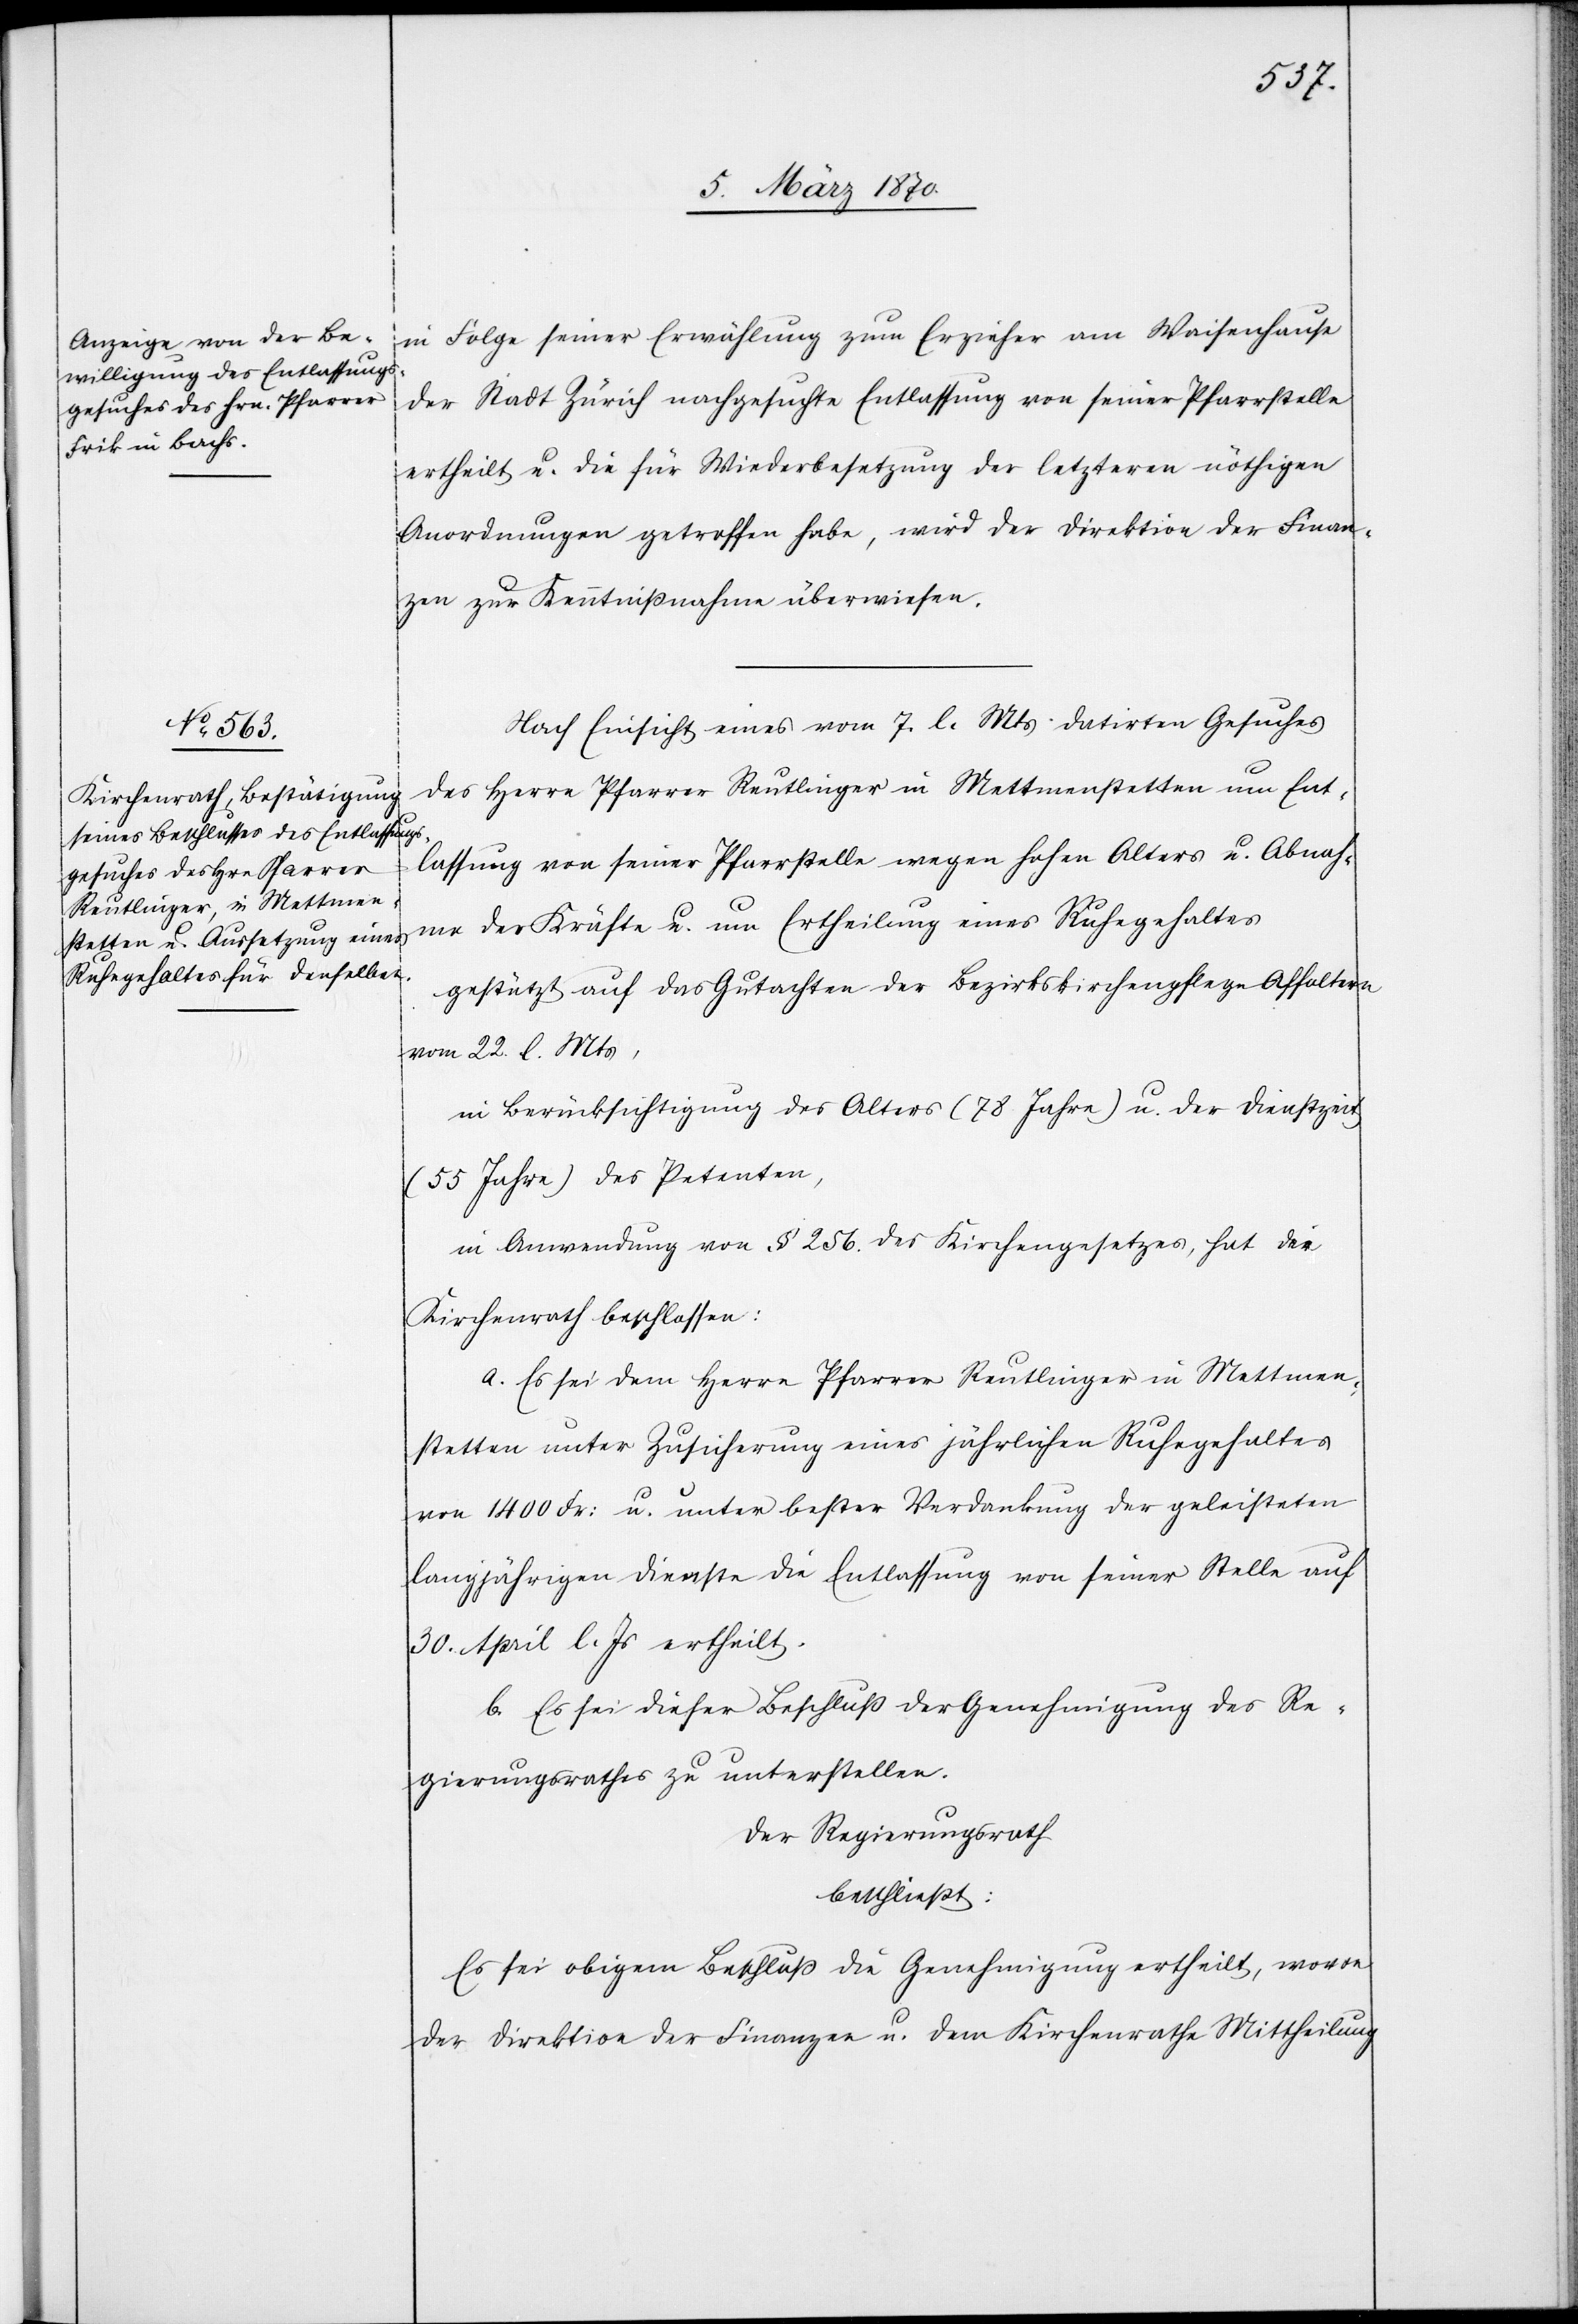
in Folge seiner Erwählung zum Erzieher am Waisenhause
der Stadt Zürich nachgesuchte Entlassung von seiner Pfarrstelle
ertheilt u. die für Wiederbesetzung der letzteren nöthigen
Anordnungen getroffen habe, wird der Direktion der Finan¬
zen zur Kenntnißnahme überwiesen.
Nach Einsicht eines vom 7. l. Mts datirten Gesuches
des Herrn Pfarrer Reutlinger in Mettmenstetten um Ent¬
lassung von seiner Pfarrstelle wegen hohen Alters u. Abnah¬
me der Kräfte u. um Ertheilung eines Ruhegehaltes
gestützt auf das Gutachten der Bezirkskirchenpflege Affoltern
vom 22. l. Mts,
in Berücksichtigung des Alters (78 Jahre) u. der Dienstzeit
(55 Jahre) des Petenten,
in Anwendung von § 256. des Kirchengesetzes, hat der
Kirchenrath beschlossen:
a. Es sei dem Herrn Pfarrer Reutlinger in Mettmen¬
stetten unter Zusicherung eines jährlichen Ruhegehaltes
von 1400 Fr: u. unter bester Verdankung der geleisteten
langjährigen Dienste die Entlassung von seiner Stelle auf
30. April l. Js ertheilt.
b. Es sei dieser Beschluß der Genehmigung des Re¬
gierungsrathes zu unterstellen.
Der Regierungsrath
beschließt:
Es sei obigem Beschluß die Genehmigung ertheilt, wovon
der Direktion der Finanzen u. dem Kirchenrathe Mittheilung